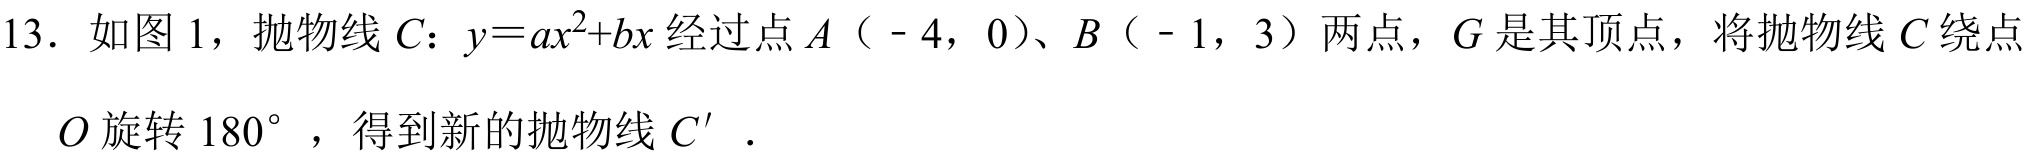
13. 如图1，抛物线\(C\)：\(y = ax^{2}+bx\)经过点\(A（ - 4,0）\)、\(B（ - 1,3）\)两点，\(G\)是其顶点，将抛物线\(C\)绕点\(O\)旋转\(180^{\circ}\)，得到新的抛物线\(C'\)．